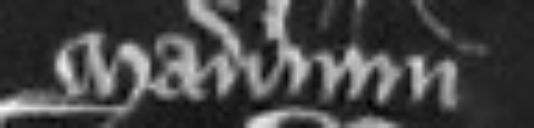
manerium